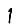
Digit: 1